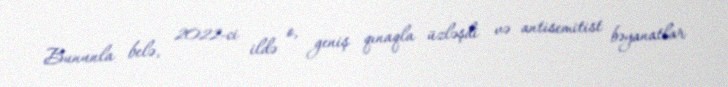
Bununla belə, 2022-ci ildə o, geniş qınaqla üzləşdi və antisemitist bəyanatlar